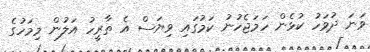
ވަނަ ދުވަހު ކުޅެން ހަމަޖެހުނު ކަމުގައި ވިޔަސް އެ ތާރީހު އަލުން މިމަހުގެ